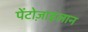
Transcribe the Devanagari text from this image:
पेंटोज़ाइलान